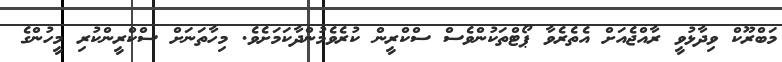
މަބްރޫކް ވިދާޅުވީ ރާއްޖެއަށް އެތެރެވާ ޕޯޓްތަކުންވެސް ސްކްރީން ކުރެވެމުންދާކަމަށެވެ. މިހާތަނަށް ސްކްރީންކުރި މީހުންގެ